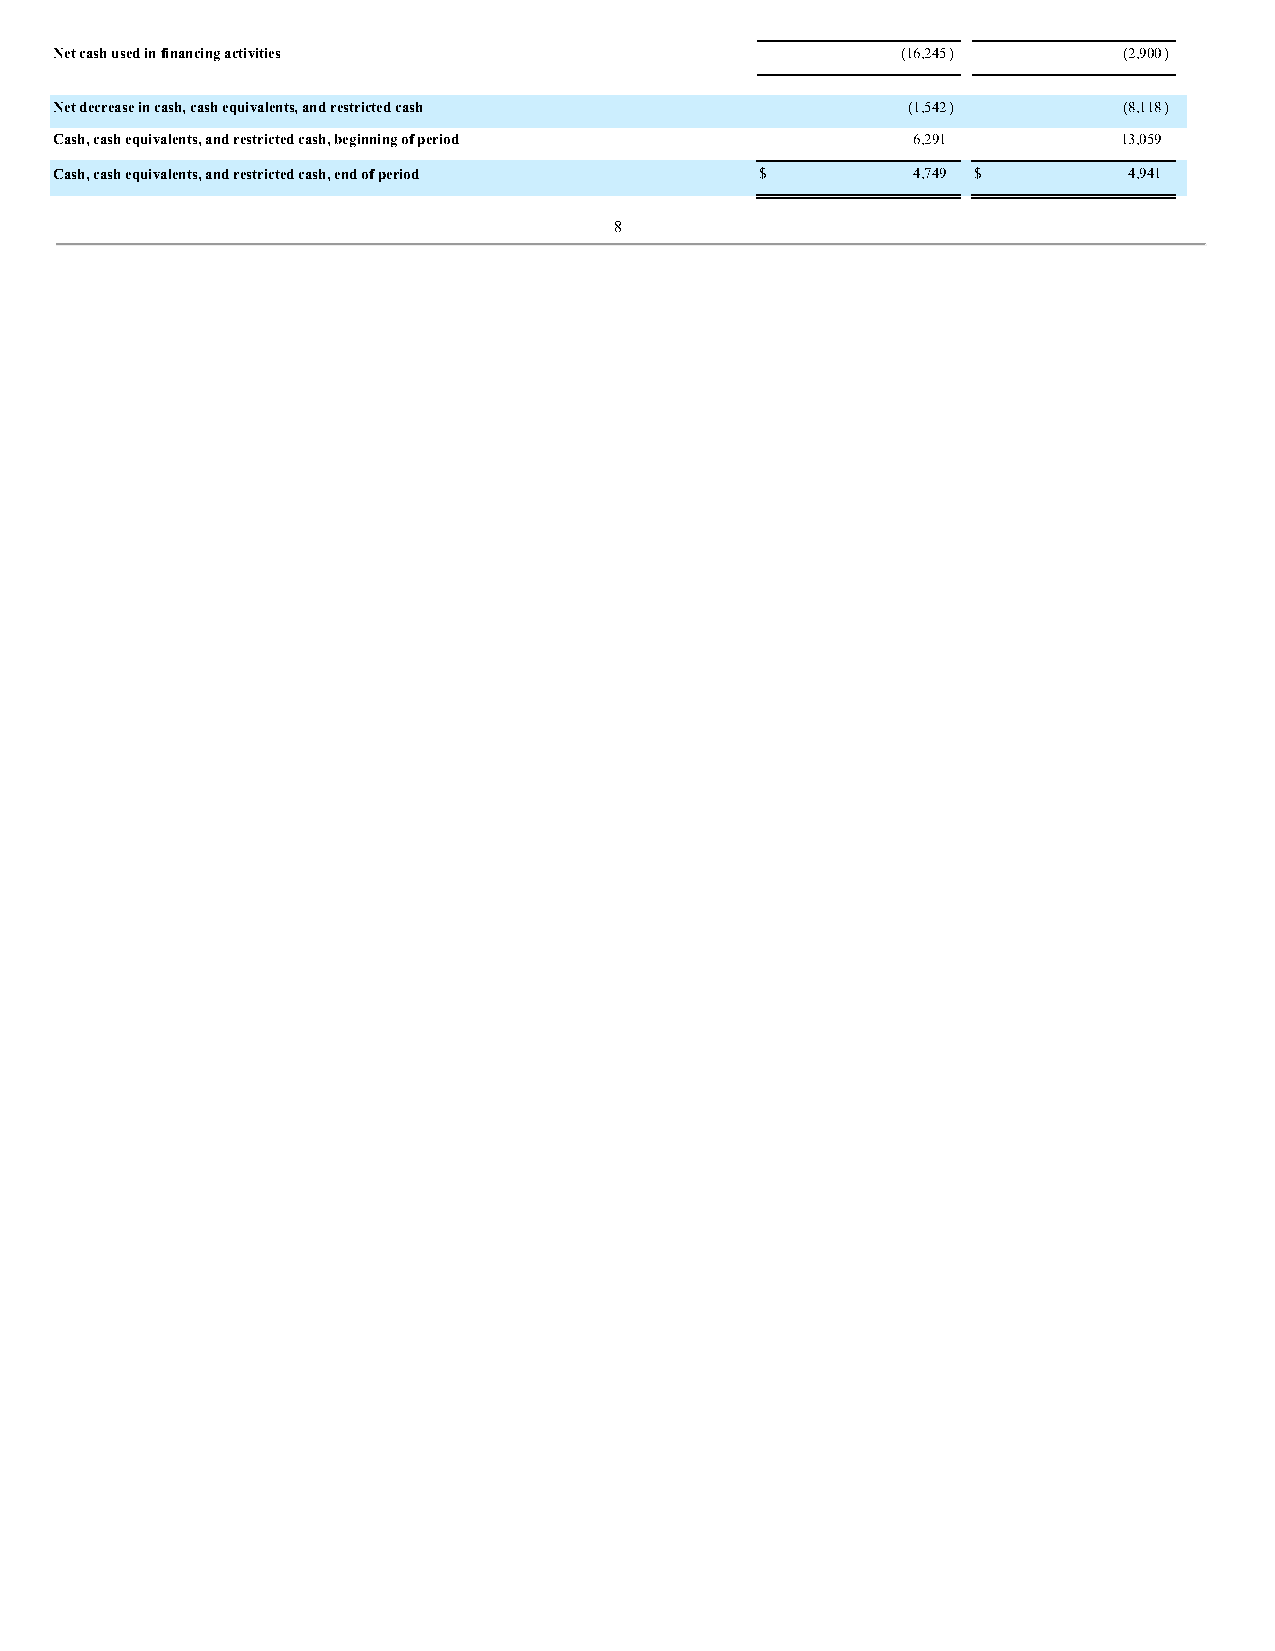
Net cash used in financing activities                   (16,245)      (2,900)
 Net decrease in cash, cash equivalents, and restricted cash (1,542)   (8,118)
 Cash, cash equivalents, and restricted cash, beginning of period 6,291 13,059
 Cash, cash equivalents, and restricted cash, end of period $ 4,749 $   4,941
 8